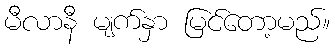
မီလာနီ မျက်နှာ မြင်တော့မည်။